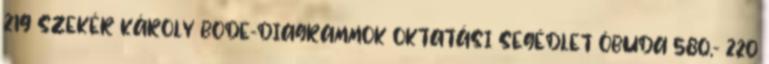
219 SZEKÉR KÁROLY BODE-DIAGRAMMOK OKTATÁSI SEGÉDLET ÓBUDA 580,- 220